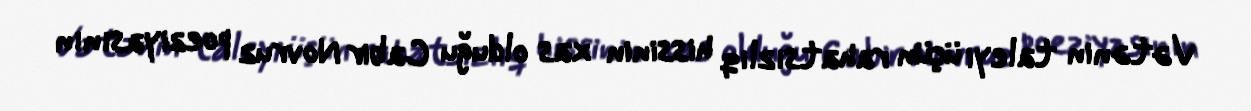
Vətənin taleyi üçün rahatsızlıq hissinin xas olduğu Cabir Novruz poeziyasının